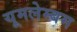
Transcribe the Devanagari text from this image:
यूमलेम्बम